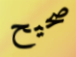
صحيح